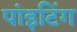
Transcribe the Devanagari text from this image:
पांइटिंग